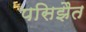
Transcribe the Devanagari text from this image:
पसिझैत